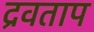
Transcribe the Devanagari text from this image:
द्रवताप